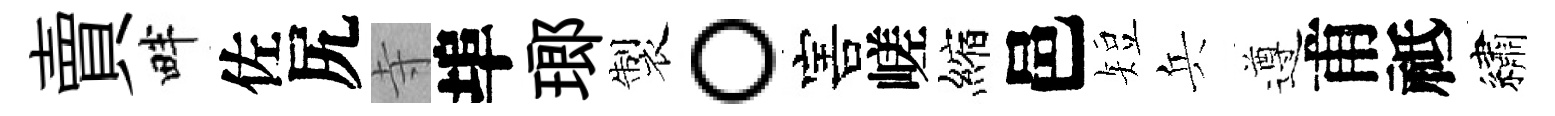
賣畔佐尻寺埠瑯製。害嵯縮邑短兵遵甫祗繡